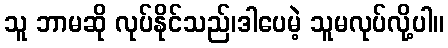
သူ ဘာမဆို လုပ်နိုင်သည်၊ဒါပေမဲ့ သူမလုပ်လို့ပါ။